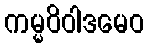
ကမ္မဝိဝါဒမေဝ